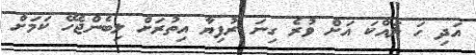
އަދި ހަ ލައްކަ އަށް ވުރެ ގިނަ ރުފިޔާ އިތުރަށް ލިބެންޖެހޭ ކަމަށް